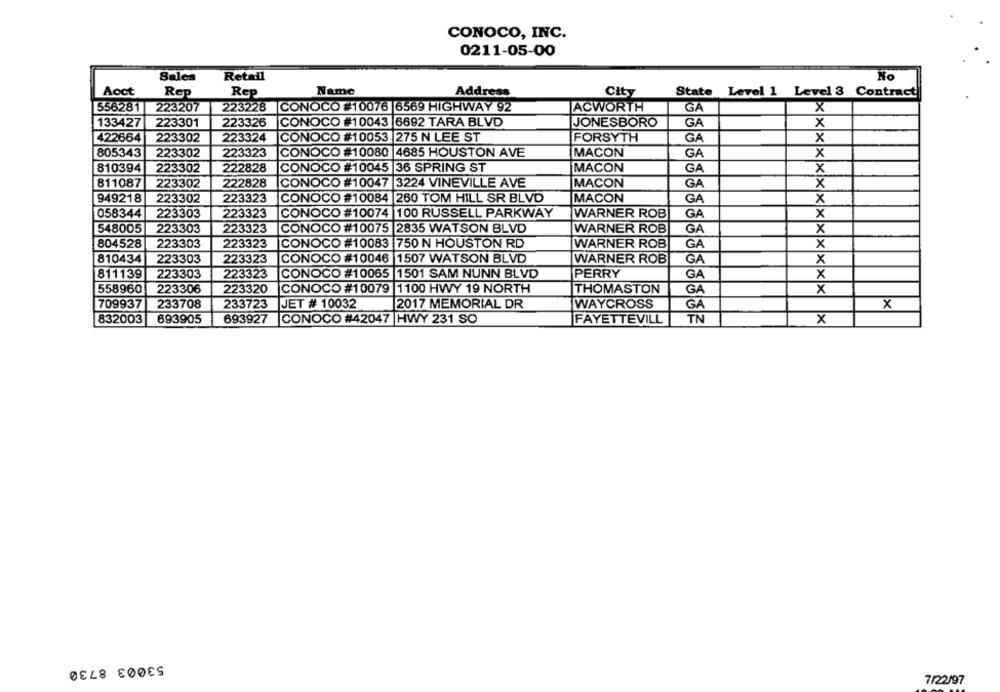
CONOCO, INC.
0211-05-00
Sales
Retail
No
Acct
Rep
Rep
Name
Address
City
State
Level 1 Level 3 Contract
556281
223207
223228 CONOCO #10076 6569 HIGHWAY 92
LACWORTH
GÅ
X
133427
223301
223326
CONOCO #10043 6692 TARA BLVD
JONESBORO
GA
x
422664
223302
223324
CONOCO #10053 275 N LEE ST
FORSYTH
GA
X
805343
CO
223302
223323
CO #10080 4685 HOUSTON AVE
MACON
GA
x
810394
223302
222828
CO
#10045
36 SPRING ST
MACON
GA
x
811087
223302
222828
CONOC
#10047
3224 VINEVILLE AVE
MACON
GA
X
949218
223302
223323
CO
#10084 260 TOM HILL SR BLVD
MACON
GA
x
058344
223303
223323
CONOCO #10074 |100 RUSSELL PARKWAY
WARNER ROB
GA
x
548005
223303
223323
X
CONOCO #10075 2835 WATSON BLVD
WARNER ROB
GA
804528
223303
223323
CO
#10083 750 N HOUSTON RD
WARNER ROB
GA
x
810434
223303
223323
CC
#10046 1507 WATSON BLVD
WARNER ROB
GA
X
811139
223303
223323
CO
#10065
1501 SAM NUNN BLVD
PERRY
GA
X
558960
223306
223320
CONOCO #10079
1100 HWY 19 NORTH
THOMASTON
GA
X
709937
233708
233723
JET # 10032
2017 MEMORIAL DR
WAYCROSS
GA
X
TN
832003
693905
693927
CONOCO #42
HWY 231 SO
FAYETTEVILL
x
53003 8730
7/22/97